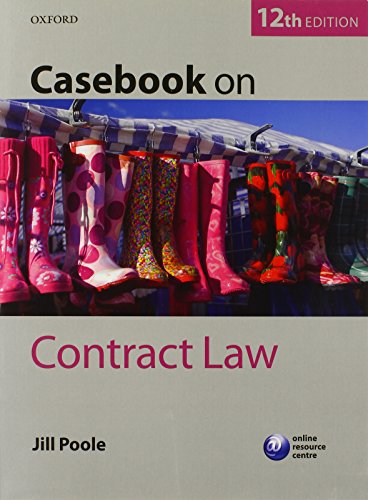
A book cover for Casebook on Contract Law; Jill Poole; Law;